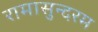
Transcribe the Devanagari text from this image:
रामासुन्दरम